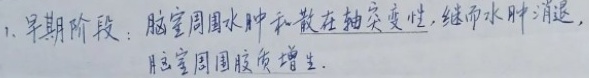
1. 早期阶段：脑室周围水肿和散在轴突变性，继而水肿消退，脑室周围胶质增生.